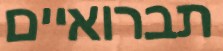
תברואיים